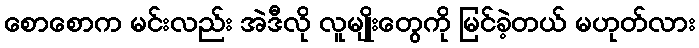
စောစောက မင်းလည်း အဲဒီလို လူမျိုးတွေကို မြင်ခဲ့တယ် မဟုတ်လား